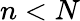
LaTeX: n<N